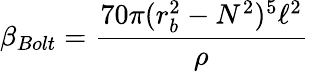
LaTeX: \beta_{Bolt}=\frac{70\pi(r_{b}^{2}-N^{2})^{5}\ell^{2}}{\rho}